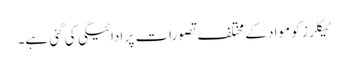
ٹیکلرز کو مواد کے مختلف تصورات پر ادائیگی کی گئی ہے۔